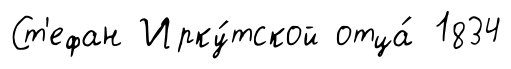
Ст'ефан Ирку́тской отца́ 1834